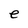
Character: e